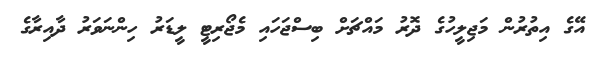
އޭގެ އިތުރުން މަޖިލީހުގެ ދޮރު މައްޗަށް ބިސްޖަހައި މެޖޯރިޓީ ލީޑަރު ހިންނަވަރު ދާއިރާގެ